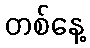
တစ်နေ့